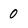
Character: 0